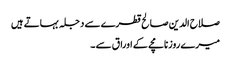
صلاح الدین صالح قطرے سے دجلہ بہاتے ہیں
میرے روزنامچے کے اوراق سے ۔